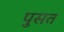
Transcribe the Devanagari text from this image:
पुसत